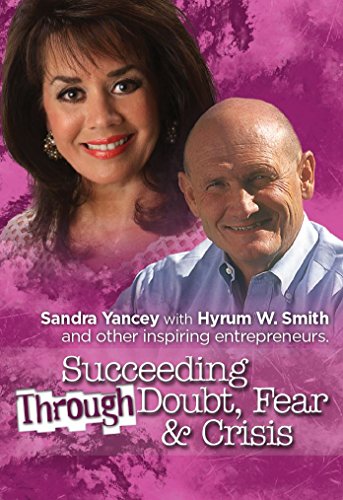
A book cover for Succeeding Through Doubt, Fear and Crisis; Sandra Yancey; Business & Money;